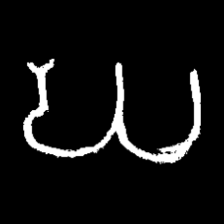
Pyu character \u2014 Myanmar letter: ဃ (romanized: gha)